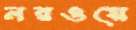
নরওয়ে